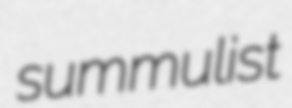
summulist